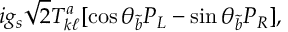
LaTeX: i g _ { s } \sqrt 2 T _ { k \ell } ^ { a } [ \cos \theta _ { \tilde { b } } P _ { L } - \sin \theta _ { \tilde { b } } P _ { R } ] ,